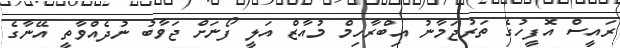
ރައީސް އޮފީހުގެ ތަރުޖަމާނު އިބްރާހިމް މުއާޒް އަލީ ފޯނަށް ޖަވާބު ނުދެއްވާތީ އޭނާގެ